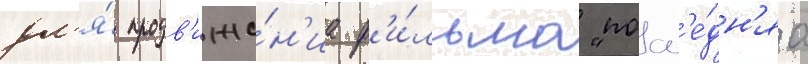
дл'я́ продв'иже́н'иа ф'и́льма "посл'е́дн'яа